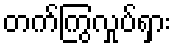
တက်ကြွလှုပ်ရှား